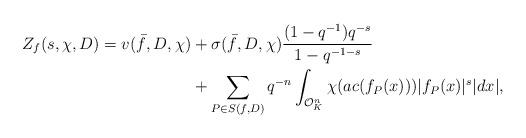
LaTeX: \begin{align*}Z_f(s, \chi, D)=v(\bar{f}, D, \chi)&+\sigma(\bar{f}, D, \chi)\dfrac{(1-q^{-1})q^{-s}}{1-q^{-1-s}}\\&+\sum_{P\in S(f, D)}{q^{-n}\int_{\mathcal{O}_K^n} \chi(ac(f_P(x)))|f_P(x)|^s|dx|},\end{align*}